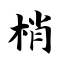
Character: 梢